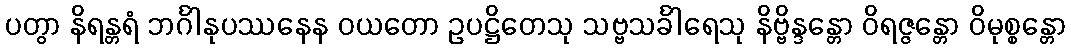
ပတွာ နိရန္တရံ ဘင်္ဂါနုပဿနေန ဝယတော ဥပဋ္ဌိတေသု သဗ္ဗသင်္ခါရေသု နိဗ္ဗိန္ဒန္တော ဝိရဇ္ဇန္တော ဝိမုစ္စန္တော